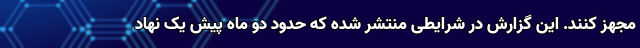
مجهز کنند. این گزارش در شرایطی منتشر شده که حدود دو ماه پیش یک نهاد